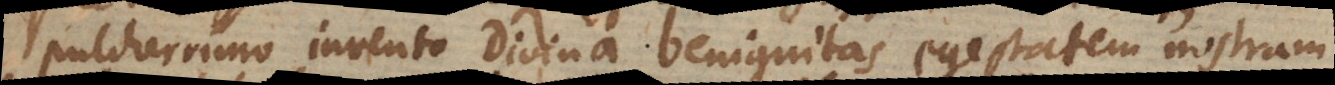
pulcherrimo invento divina benignitas egestatem nostram